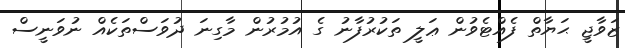
ޒަވާޖީ ޙަޔާތް ފެއްޓެވުން ޢަލީ ތަކުރުފާނު ގެ އުމުރުން މާގިނަ ދުވަސްތަކެއް ނުވަނީސް